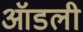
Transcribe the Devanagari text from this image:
ऑडली